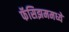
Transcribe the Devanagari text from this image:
फॅसिझममध्ये